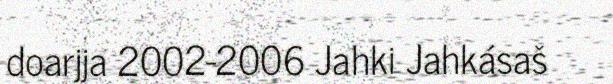
doarjja 2002-2006 Jahki Jahkásaš